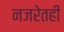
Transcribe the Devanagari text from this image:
नजरेतही